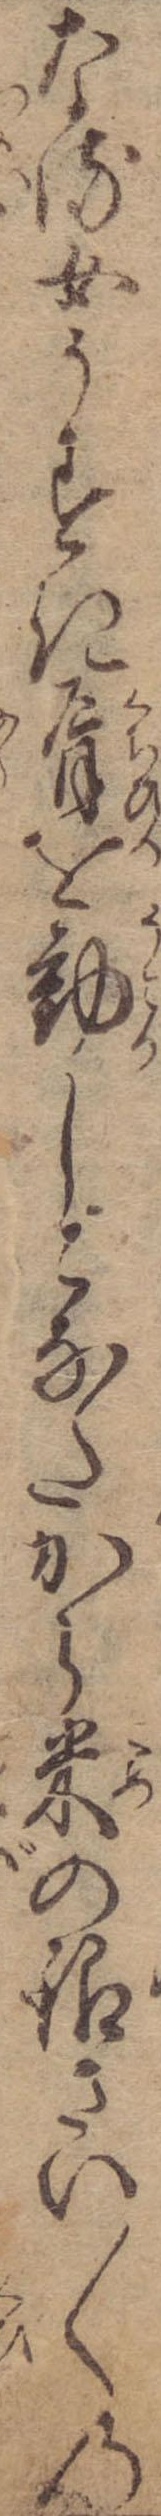
なる女うすき唇を動しこなたから米の銀さい〱の